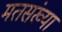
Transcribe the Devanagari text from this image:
मतसंख्या